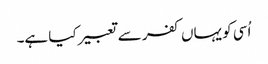
اُسی کو یہاں کفر سے تعبیر کیا ہے۔